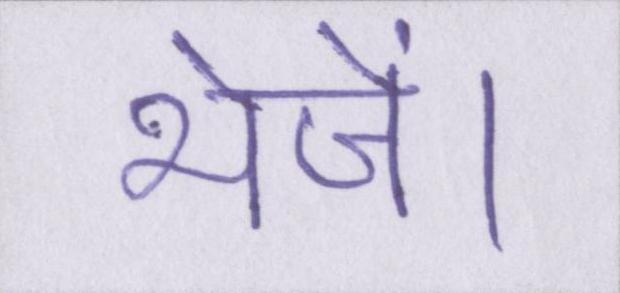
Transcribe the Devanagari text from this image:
भेजें।